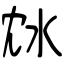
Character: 沊